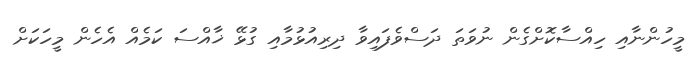
މީހުންނާއި ހިއްސާކޮށްގެން ނުވަތަ ދަސްވެފައިވާ ދިރިއުޅުމާއި ގުޅޭ ޚާއްސަ ކަމެއް އެހެން މީހަކަށް